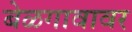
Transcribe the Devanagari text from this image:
बेळगावावर